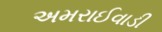
અમરાઈવાડી